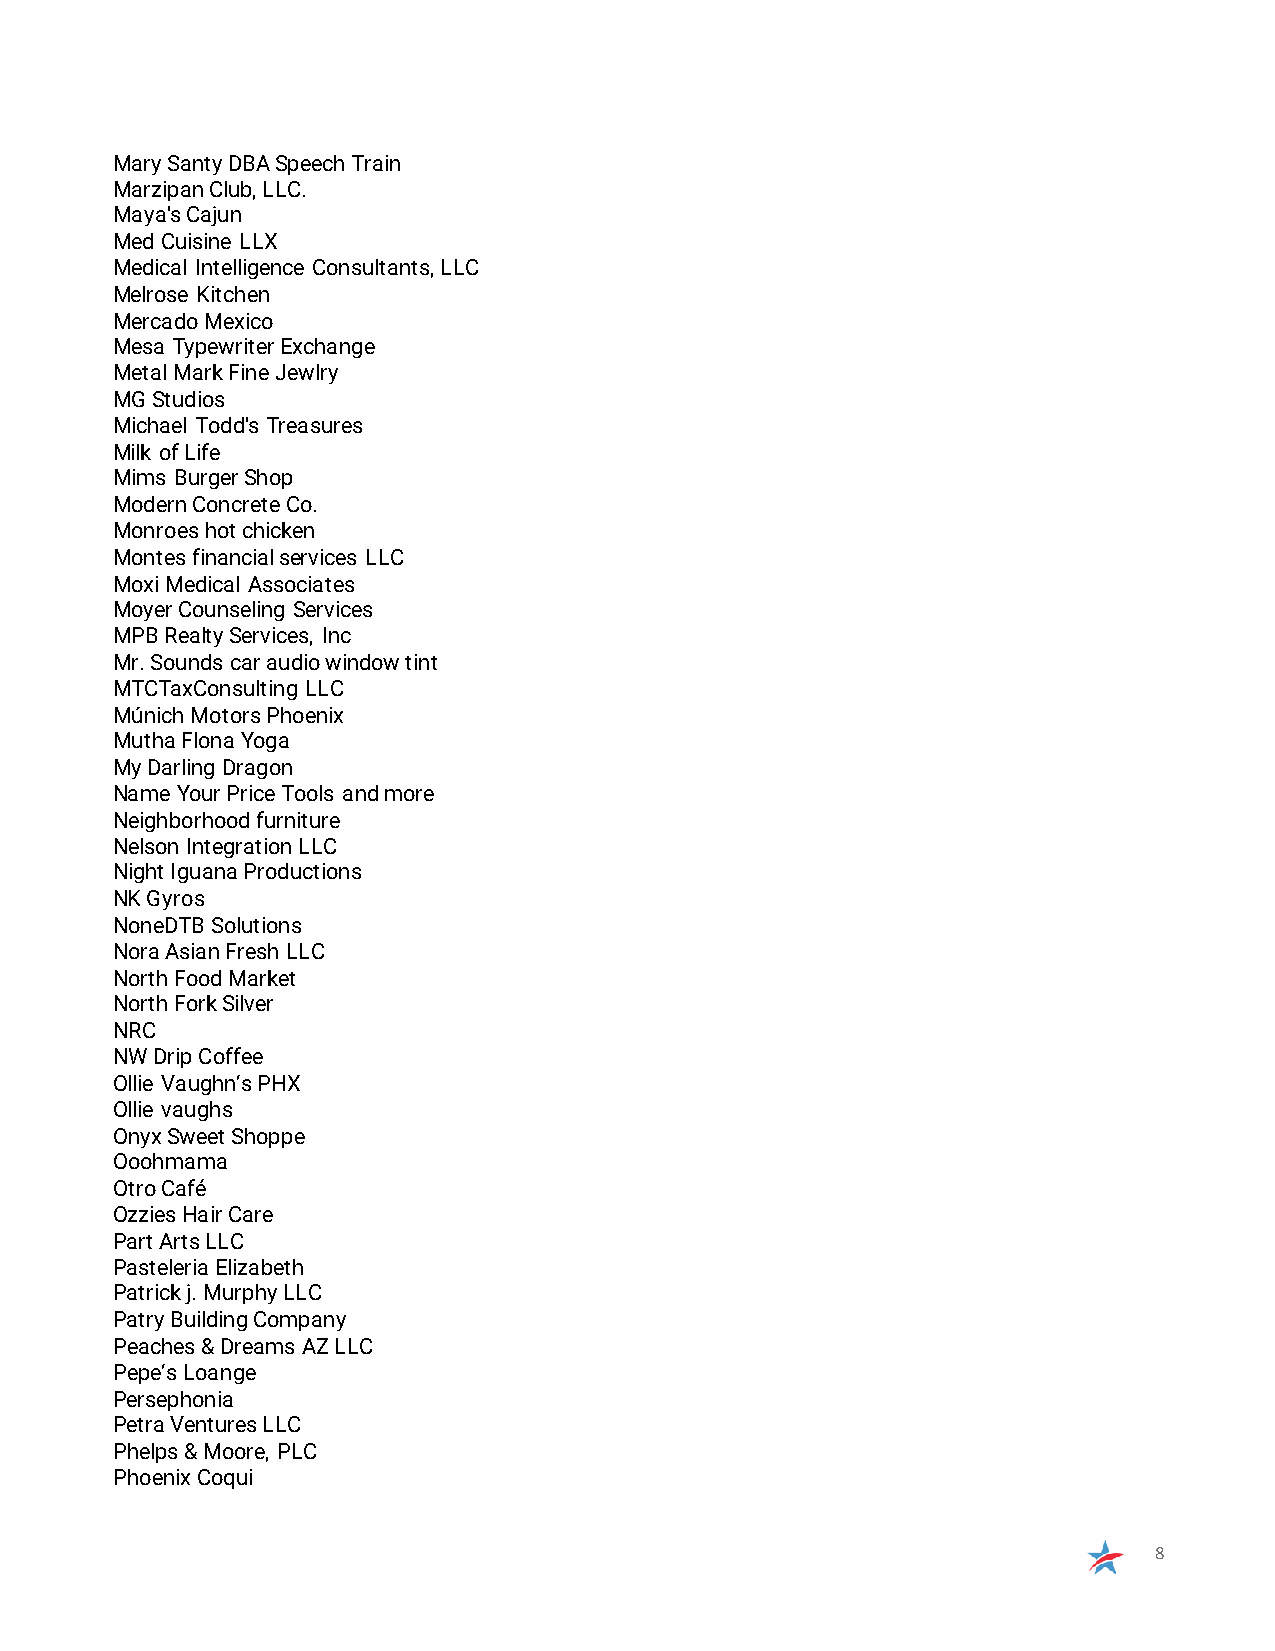
Mary Santy DBA Speech Train
 Marzipan Club, LLC.
 Maya's Cajun
 Med Cuisine LLX
 Medical Intelligence Consultants, LLC
 Melrose Kitchen
 Mercado Mexico
 Mesa Typewriter Exchange
 Metal Mark Fine Jewlry
 MG Studios
 Michael Todd's Treasures
 Milk of Life
 Mims Burger Shop
 Modern Concrete Co.
 Monroes hot chicken
 Montes financial services LLC
 Moxi Medical Associates
 Moyer Counseling Services
 MPB Realty Services, Inc
 Mr. Sounds car audio window tint
 MTCTaxConsulting LLC
 Múnich Motors Phoenix
 Mutha Flona Yoga
 My Darling Dragon
 Name Your Price Tools and more
 Neighborhood furniture
 Nelson Integration LLC
 Night Iguana Productions
 NK Gyros
 NoneDTB Solutions
 Nora Asian Fresh LLC
 North Food Market
 North Fork Silver
 NRC
 NW Drip Coffee
 Ollie Vaughn’s PHX
 Ollie vaughs
 Onyx Sweet Shoppe
 Ooohmama
 Otro Café
 Ozzies Hair Care
 Part Arts LLC
 Pasteleria Elizabeth
 Patrick j. Murphy LLC
 Patry Building Company
 Peaches & Dreams AZ LLC
 Pepe’s Loange
 Persephonia
 Petra Ventures LLC
 Phelps & Moore, PLC
 Phoenix Coqui
 8